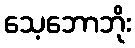
သေ့ဘောဘိုး